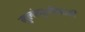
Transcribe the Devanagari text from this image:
मुलांमुलींसाठी